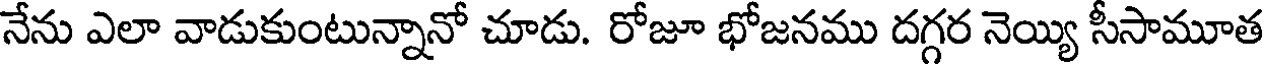
నేను ఎలా వాడుకుంటున్నానో చూడు. రోజూ భోజనము దగ్గర నెయ్యి సీసామూత